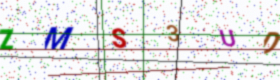
Text: ZMS3UD